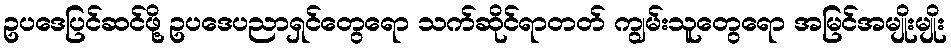
ဥပဒေပြင်ဆင်ဖို့ ဥပဒေပညာရှင်တွေရော သက်ဆိုင်ရာတတ် ကျွမ်းသူတွေရော အမြင်အမျိုးမျိုး